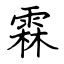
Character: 霖